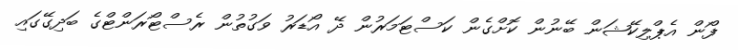
ފޯން އެޕްލިކޭޝަން ބޭނުން ކޮށްގެން ކަސްޓަމަރުން ދޭ އޯޑަރު ވަގުތުން ރެސްޓޯރަންޓްގެ ބަދިގޭގައި